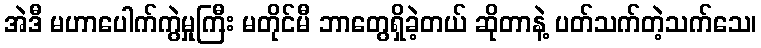
အဲဒီ မဟာပေါက်ကွဲမှုကြီး မတိုင်မီ ဘာတွေရှိခဲ့တယ် ဆိုတာနဲ့ ပတ်သက်တဲ့သက်သေ၊